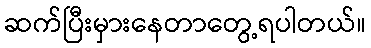
ဆက်ပြီးမှားနေတာတွေ့ရပါတယ်။